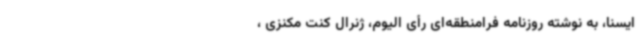
ایسنا، به نوشته روزنامه فرامنطقه‌ای رأی الیوم، ژنرال کنت مکنزی ،